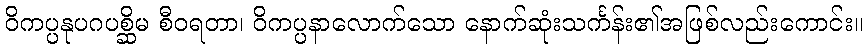
ဝိကပ္ပနုပဂပစ္ဆိမ စီဝရတာ၊ ဝိကပ္ပနာလောက်သော နောက်ဆုံးသင်္ကန်း၏အဖြစ်လည်းကောင်း။